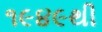
૧૯૪૯થી